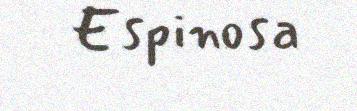
Espinosa